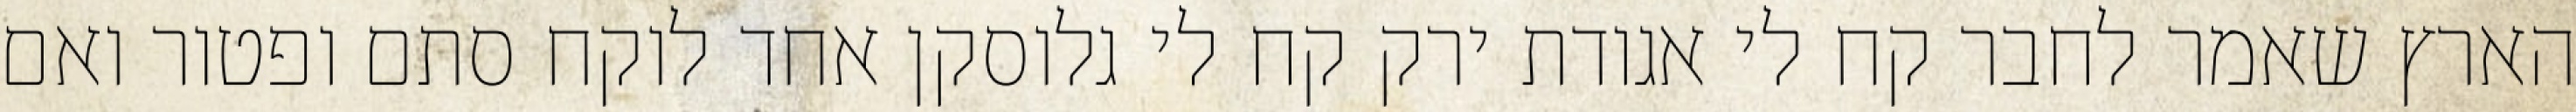
הארץ שאמר לחבר קח לי אגודת ירק קח לי גלוסקן אחד לוקח סתם ופטור ואם